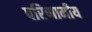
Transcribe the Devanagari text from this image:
परिणामीय